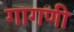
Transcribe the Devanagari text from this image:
गागणी